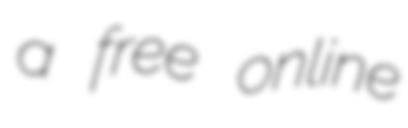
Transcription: a free online